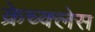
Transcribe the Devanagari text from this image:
क्रेच्क्लेस